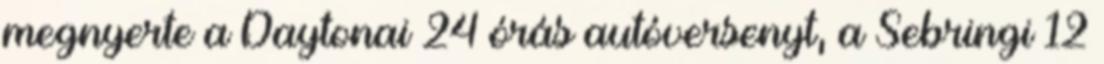
megnyerte a Daytonai 24 órás autóversenyt, a Sebringi 12